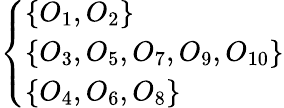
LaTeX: \left\{ \begin{array}{ll}{\{ O_{1},O_{2}\} }\\ {\{ O_{3},O_{5},O_{7},O_{9},O_{10}\} }\\ {\{ O_{4},O_{6},O_{8}\} }\end{array}\right.